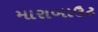
મારાબાઉટ